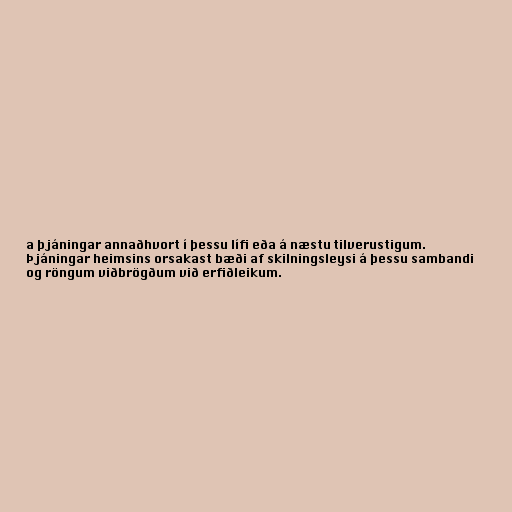
a þjáningar annaðhvort í þessu lífi eða á næstu tilverustigum.
Þjáningar heimsins orsakast bæði af skilningsleysi á þessu sambandi
og röngum viðbrögðum við erfiðleikum.